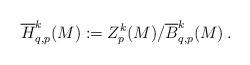
LaTeX: \begin{align*}\overline{H}_{q,p}^{k}(M):=Z_{p}^{k}(M)/\overline{B}_{q,p}^{k}(M)\,.\end{align*}